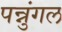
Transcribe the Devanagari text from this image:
पन्नुंगल